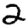
Digit: 2